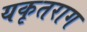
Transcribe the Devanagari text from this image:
यकृतराग